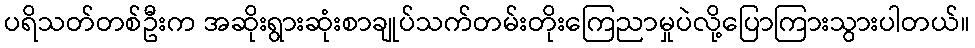
ပရိသတ်တစ်ဦးက အဆိုးရွားဆုံးစာချုပ်သက်တမ်းတိုးကြေညာမှုပဲလို့ပြောကြားသွားပါတယ်။